Medical and sanitary report of the native army of Bengal for the year
Year: 1877
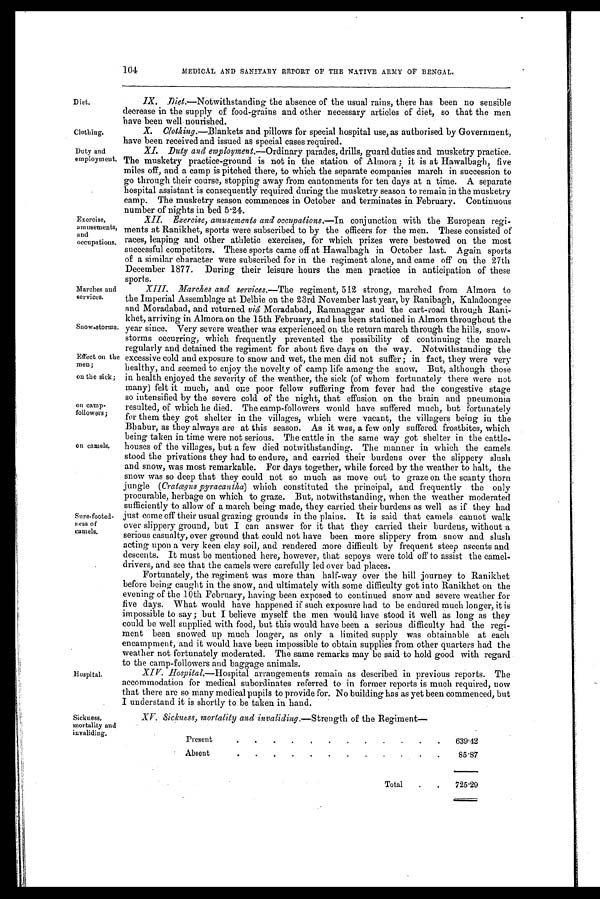
Diet.
Clothing.
Duty and
employment.
Exercise,
a musements,
and
occupations.
Marches and
services.
Snow-storms.
Effect on the
men;
on the sick;
on camp-
followers;
on camels.
Sure-footed-
ness of
camels.
104
MEDICAL AND SANITARY REPORT OF THE NATIVE ARMY OF BENGAL.
Hospital.
Sickness,
mortality and
invaliding.
IX. Diet.—Notwithstanding the absence of the usual rains, there has been no sensible
decrease in the supply of food-grains and other necessary articles of diet, so that the men
have been well nourished.
X. Clothing.—Blankets and pillows for special hospital use, as authorised by Government,
have been received and issued as special cases required.
XI.
Duty and employment .—Ordinary parades, drills, guard duties and musketry practice.
The musketry practice-ground is not in the station of Almora ; it is at Hawalbagh, five
miles off, and a camp is pitched there, to which the separate companies march in succession to
go through their course, stopping away from cantonments for ten days at a time. A separate
hospital assistant is consequently required during the musketry season to remain in the musketry
camp. The musketry season commences in October and terminates in February. Continuous
number of nights in bed 5.24.
XII.
Exercise, amusements and occupations.—In
conjunction with the European regi-
ments at Ranikhet, sports were subscribed to by the officers for the men. These consisted of
races, leaping and other athletic exercises, for which prizes were bestowed on the most
successful competitors. These sports came off at Hawalbagh in October last. Again sports
of a similar character were subscribed for in the regiment alone, and came off on the 27th
December 1877. During their leisure hours the men practice in anticipation of these
sports.
XIII. Marches and services.—The regiment, 512 strong, marched from Almora to
the Imperial Assemblage at Delhie on the 23rd November last year, by Ranibagh, Kaladoongee
and Moradabad, and returned viâ Moradabad, Ramnaggar and the cart-road through Rani-
khet, arriving in Almora on the 15th February, and has been stationed in Almora throughout the
year since. Very severe weather was experienced on the return march through the hills, snow-
storms occurring, which frequently prevented the possibility of continuing the march
regularly and detained the regiment for about five days on the way. Notwithstanding the
excessive cold and exposure to snow and wet, the men did not suffer ; in fact, they were very
healthy, and seemed to enjoy the novelty of camp life among the snow. But, although those
in health enjoyed the severity of the weather, the sick (of whom fortunately there were not
many) felt it much, and one poor fellow suffering from fever had the congestive stage
so intensified by the severe cold of the night, that effusion on the brain and pneumonia
resulted, of which he died. The camp-followers would have suffered much, but fortunately
for them they got shelter in the villages, which were vacant, the villagers being in the
Bhabur, as they always are at this season. As it was, a few only suffered frostbites, which
being taken in time were not serious. The cattle in the same way got shelter in the cattle-
houses of the villages, but a few died notwithstanding. The manner in which the camels
stood the privations they had to endure, and carried their burdens over the slippery slush
and snow, was most remarkable. For days together, while forced by the weather to halt, the
snow was so deep that they could not so much as move out to graze on the scanty thorn
jungle (Cratœgus pyracantha) which constituted the principal, and frequently the only
procurable, herbage on which to graze. But, notwithstanding, when the weather moderated
sufficiently to allow of a march being made, they carried their burdens as well as if they had
just come off their usual grazing grounds in the plains. It is said that camels cannot walk
over slippery ground, but I can answer for it that they carried their burdens, without a
serious casualty, over ground that could not have been more slippery from snow and slush
acting upon a very keen clay soil, and rendered more difficult by frequent steep ascents and
descents. It must be mentioned here, however, that sepoys were told off to assist the camel-
drivers, and see that the camels were carefully led over bad places.
Fortunately, the regiment was more than half-way over the hill journey to Ranikhet
before being caught in the snow, and ultimately with some difficulty got into Ranikhet on the
evening of the 10th February, having been exposed to continued snow and severe weather for
five days. What would have happened if such exposure had to be endured much longer, it is
impossible to say; but I believe myself the men would have stood it well as long as they
could be well supplied with food, but this would have been a serious difficulty had the regi-
ment been snowed up much longer, as only a limited supply was obtainable at each
encampment, and it would have been impossible to obtain supplies from other quarters had the
weather not fortunately moderated. The same remarks may be said to hold good with regard
to the camp-followers and baggage animals.
XIV. Hospital.—H o s p i t a la
r r a n g e m e n t s r e m a i n a s d e s c r i b e d i n p r e v i o u s r e p o r t s . T h e
accommodation for medical subordinates referred to in former reports is much required, now
that there arc so many medical pupils to provide for. No building has as yet been commenced, but
I understand it is shortly to be taken in hand.
XV. Sickness, mortality and invaliding.—Strength of the Regiment
—
Present
.
.
.
.
.
.
.
.
.
.
.
.
639.42
Absent
.
.
.
.
.
.
.
.
.
.
.
.
85.87
Total
.
.
725.29